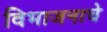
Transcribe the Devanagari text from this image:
विभाजनाचे